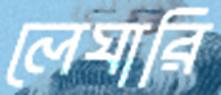
লেঘারি